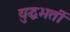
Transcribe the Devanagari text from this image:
युद्धभर्ती